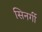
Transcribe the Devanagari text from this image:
सिनर्गी